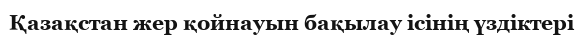
Қазақстан жер қойнауын бақылау ісінің үздіктері